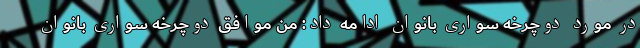
در مورد دوچرخه سواری بانوان ادامه داد: من موافق دوچرخه سواری بانوان